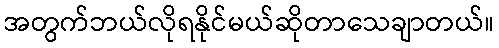
အတွက်ဘယ်လိုရနိုင်မယ်ဆိုတာသေချာတယ်။